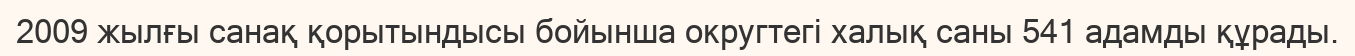
2009 жылғы санақ қорытындысы бойынша округтегі халық саны 541 адамды құрады.